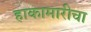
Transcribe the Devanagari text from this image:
हाकामारीचा